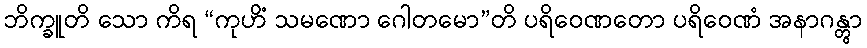
ဘိက္ခူတိ သော ကိရ “ကုဟိံ သမဏော ဂေါတမော”တိ ပရိဝေဏတော ပရိဝေဏံ အနာဂန္တွာ